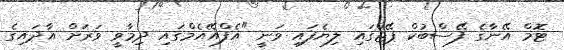
ޓޮމް އޭނާގެ ފޭސްބުކް ޕޭޖްގައި ލިޔެފައި ވަނީ "އެފްއޭއެމްގައި ދިމާވީ ވަރަށް އާދައިގެ